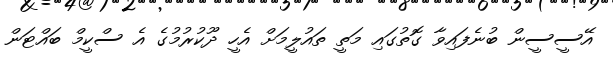
އޭސީސީން ބުނެފައިވާ ގޮތުގައި މަތީ ތައުލީމަށް އެހީ ދޫކުރުމުގެ އެ ސްކީމް ބައްޓަން